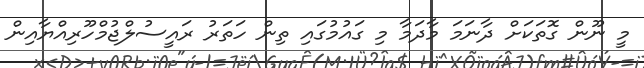
މީ ނޫން ގޮތަކަށް ދާނަމަ މާދަމާ މި ގައުމުގައި ތިން ހަތަރު ރައީސުލްޖުމްހޫރިއްޔާއިން